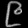
Digit: ၉